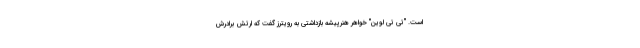
است. "تی تی لوین" خواهر هنرپیشه بازداشتی به رویترز گفت که ارتش برادرش